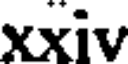
xxiv